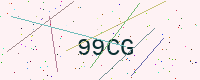
Text: 99CG